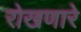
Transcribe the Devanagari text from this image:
रोखणारे